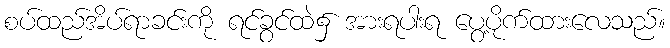
စပ်ထည်အိပ်ရာခင်းကို ရင်ခွင်ထဲ၌ အားရပါးရ ပွေ့ပိုက်ထားလေသည်။